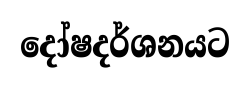
දෝෂදර්ශනයට